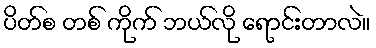
ပိတ်စ တစ် ကိုက် ဘယ်လို ရောင်းတာလဲ။